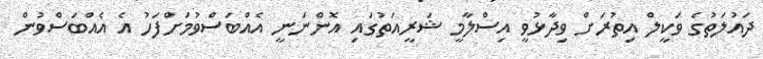
ދައުލަތުގެ ވަކީލް އިތުރަށް ވިދާޅުވީ އިސްލާމީ ޝަރީއަތުގައި އޮންނަނީ އެއްބަސްވުމަށްފަހު އެ އެއްބަސްވުން